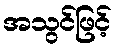
အသွင်ဖြင့်